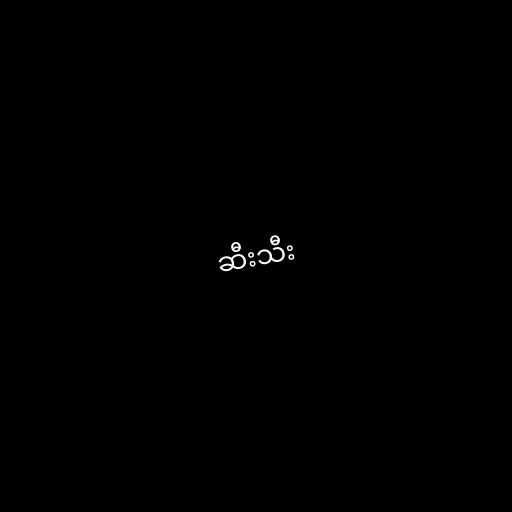
ဆီးသီး